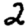
Digit: 2